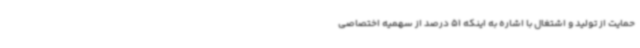
حمایت از تولید و اشتغال با اشاره به اینکه 51 درصد از سهمیه اختصاصی